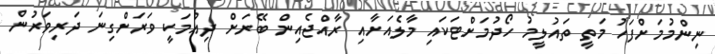
ނިންމުމަށްފަހު މަތީ ތައުލީމު ހޯދުމަށްޓަކައި މާލެއަށާއި ރާއްޖެއިން ބޭރަށް ދިއުމަކީ ވަރަށްގިނަ ދަރިވަރުން